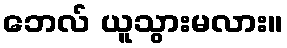
ဘေလ် ယူသွားမလား။